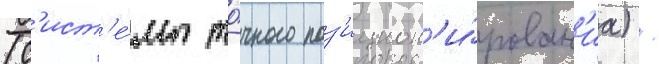
(с'ист'е́мы то́чного поз'ицион'и́рован'иа) /